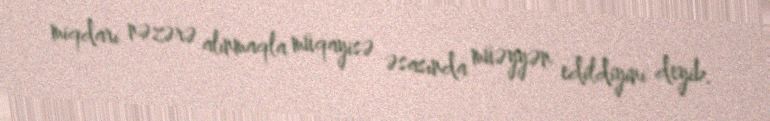
miqdarı nəzərə alınmaqla müqayisə əsasında müəyyən edildiyini deyib.